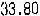
33.80